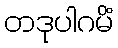
တဒုပါဂမိံ